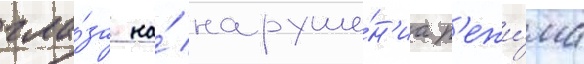
гла́за на́ наруше́н'иа р'ежи́ма